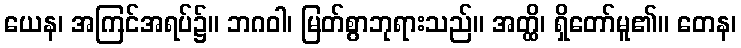
ယေန၊ အကြင်အရပ်၌။ ဘဂဝါ၊ မြတ်စွာဘုရားသည်။ အတ္ထိ၊ ရှိတော်မူ၏။ တေန၊